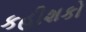
કહીશકો